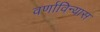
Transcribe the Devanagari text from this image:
वर्णाविन्यास